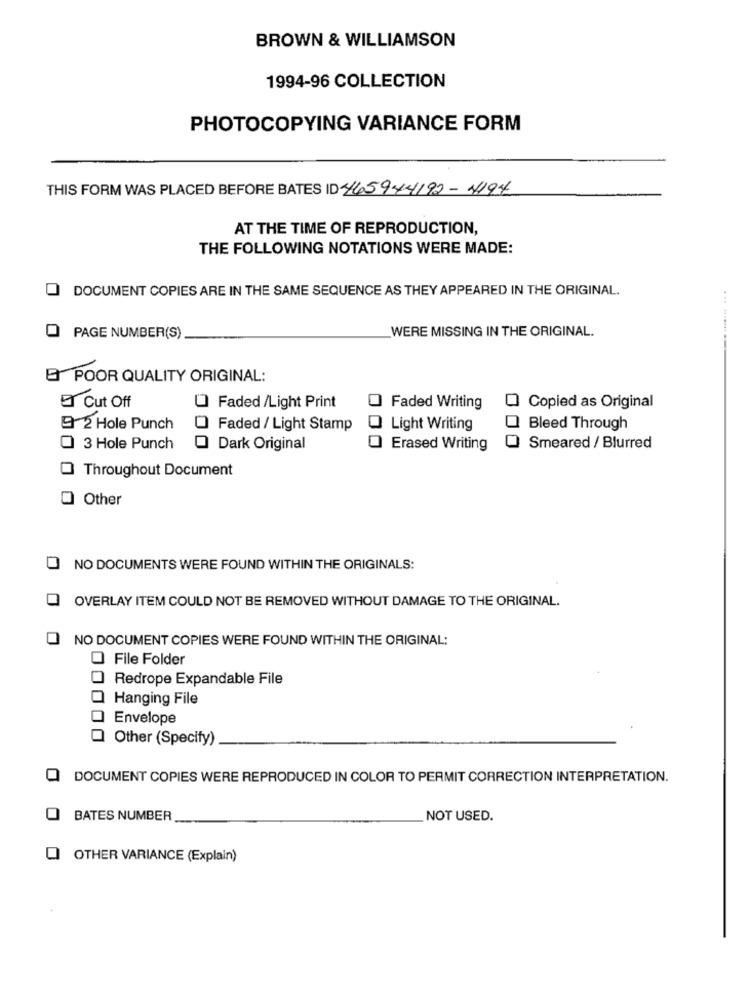
BROWN & WILLIAMSON
1994-96 COLLECTION
PHOTOCOPYING VARIANCE FORM
THIS FORM WAS PLACED BEFORE BATES ID 465944192-4194
AT THE TIME OF REPRODUCTION,
THE FOLLOWING NOTATIONS WERE MADE:
DOCUMENT COPIES ARE IN THE SAME SEQUENCE AS THEY APPEARED IN THE ORIGINAL.
WERE MISSING IN THE ORIGINAL.
PAGE NUMBER(S)
E POOR QUALITY ORIGINAL:
E Cut Off
Faded /Light Print
Faded Writing
Copied as Original
9 2 Hole Punch
Faded / Light Stamp
Light Writing
Bleed Through
3 Hole Punch
Dark Original
Erased Writing
Smeared / Blurred
Throughout Document
O Other
NO DOCUMENTS WERE FOUND WITHIN THE ORIGINALS:
OVERLAY ITEM COULD NOT BE REMOVED WITHOUT DAMAGE TO THE ORIGINAL.
NO DOCUMENT COPIES WERE FOUND WITHIN THE ORIGINAL:
O File Folder
Redrope Expandable File
Hanging File
Envelope
Other (Specify)
DOCUMENT COPIES WERE REPRODUCED IN COLOR TO PERMIT CORRECTION INTERPRETATION.
BATES NUMBER
NOT USED.
OTHER VARIANCE (Explain)